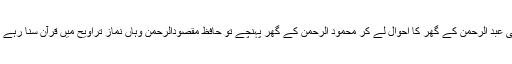
ہم بھی عبد الرحمٰن کے گھر کا احوال لے کر محمود الرحمٰن کے گھر پہنچے تو حافظ مقصودالرحمٰن وہاں نماز تراویح میں قرآن سنا رہے تھے۔